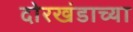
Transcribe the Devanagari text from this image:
दोरखंडाच्या